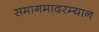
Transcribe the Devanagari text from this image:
समागमादरम्यान